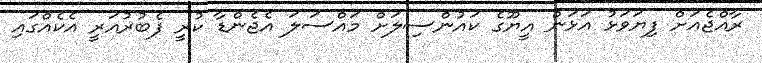
ރާއްޖެއަށް ފިޔަވަޅު އަޅަން އީޔޫގެ ކައުންސިލަށް މައްސަލަ އެޖެންޑާ ކުރީ ފެބުރުއަރީ އެކެއްގައި